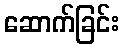
ဆောက်ခြင်း